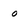
Character: o